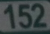
152